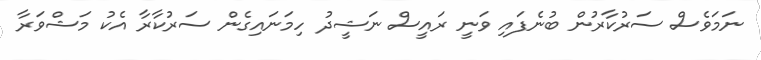
ނަމަވެސް ސަރުކާރުން ބުނެފައި ވަނީ ރައީސް ނަޝީދު ހިމަނައިގެން ސަރުކާރާ އެކު މަޝްވަރާ